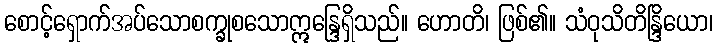
စောင့်ရှောက်အပ်သောစက္ခုစသောဣန္ဒြေရှိသည်။ ဟောတိ၊ ဖြစ်၏။ သံဝုသိတိန္ဒြိယော၊